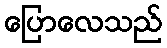
ပြောလေသည်